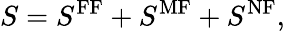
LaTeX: S=S^{\mathrm{FF}}+S^{\mathrm{MF}}+S^{\mathrm{NF}},